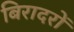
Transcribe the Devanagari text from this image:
बिरादरों